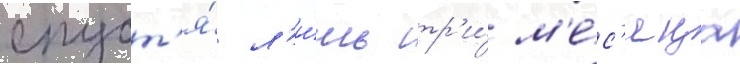
спуст'я́ л'и́шь тр'и́ м'е́с'яца